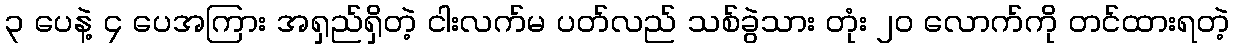
၃ ပေနဲ့ ၄ ပေအကြား အရှည်ရှိတဲ့ ငါးလက်မ ပတ်လည် သစ်ခွဲသား တုံး ၂၀ လောက်ကို တင်ထားရတဲ့